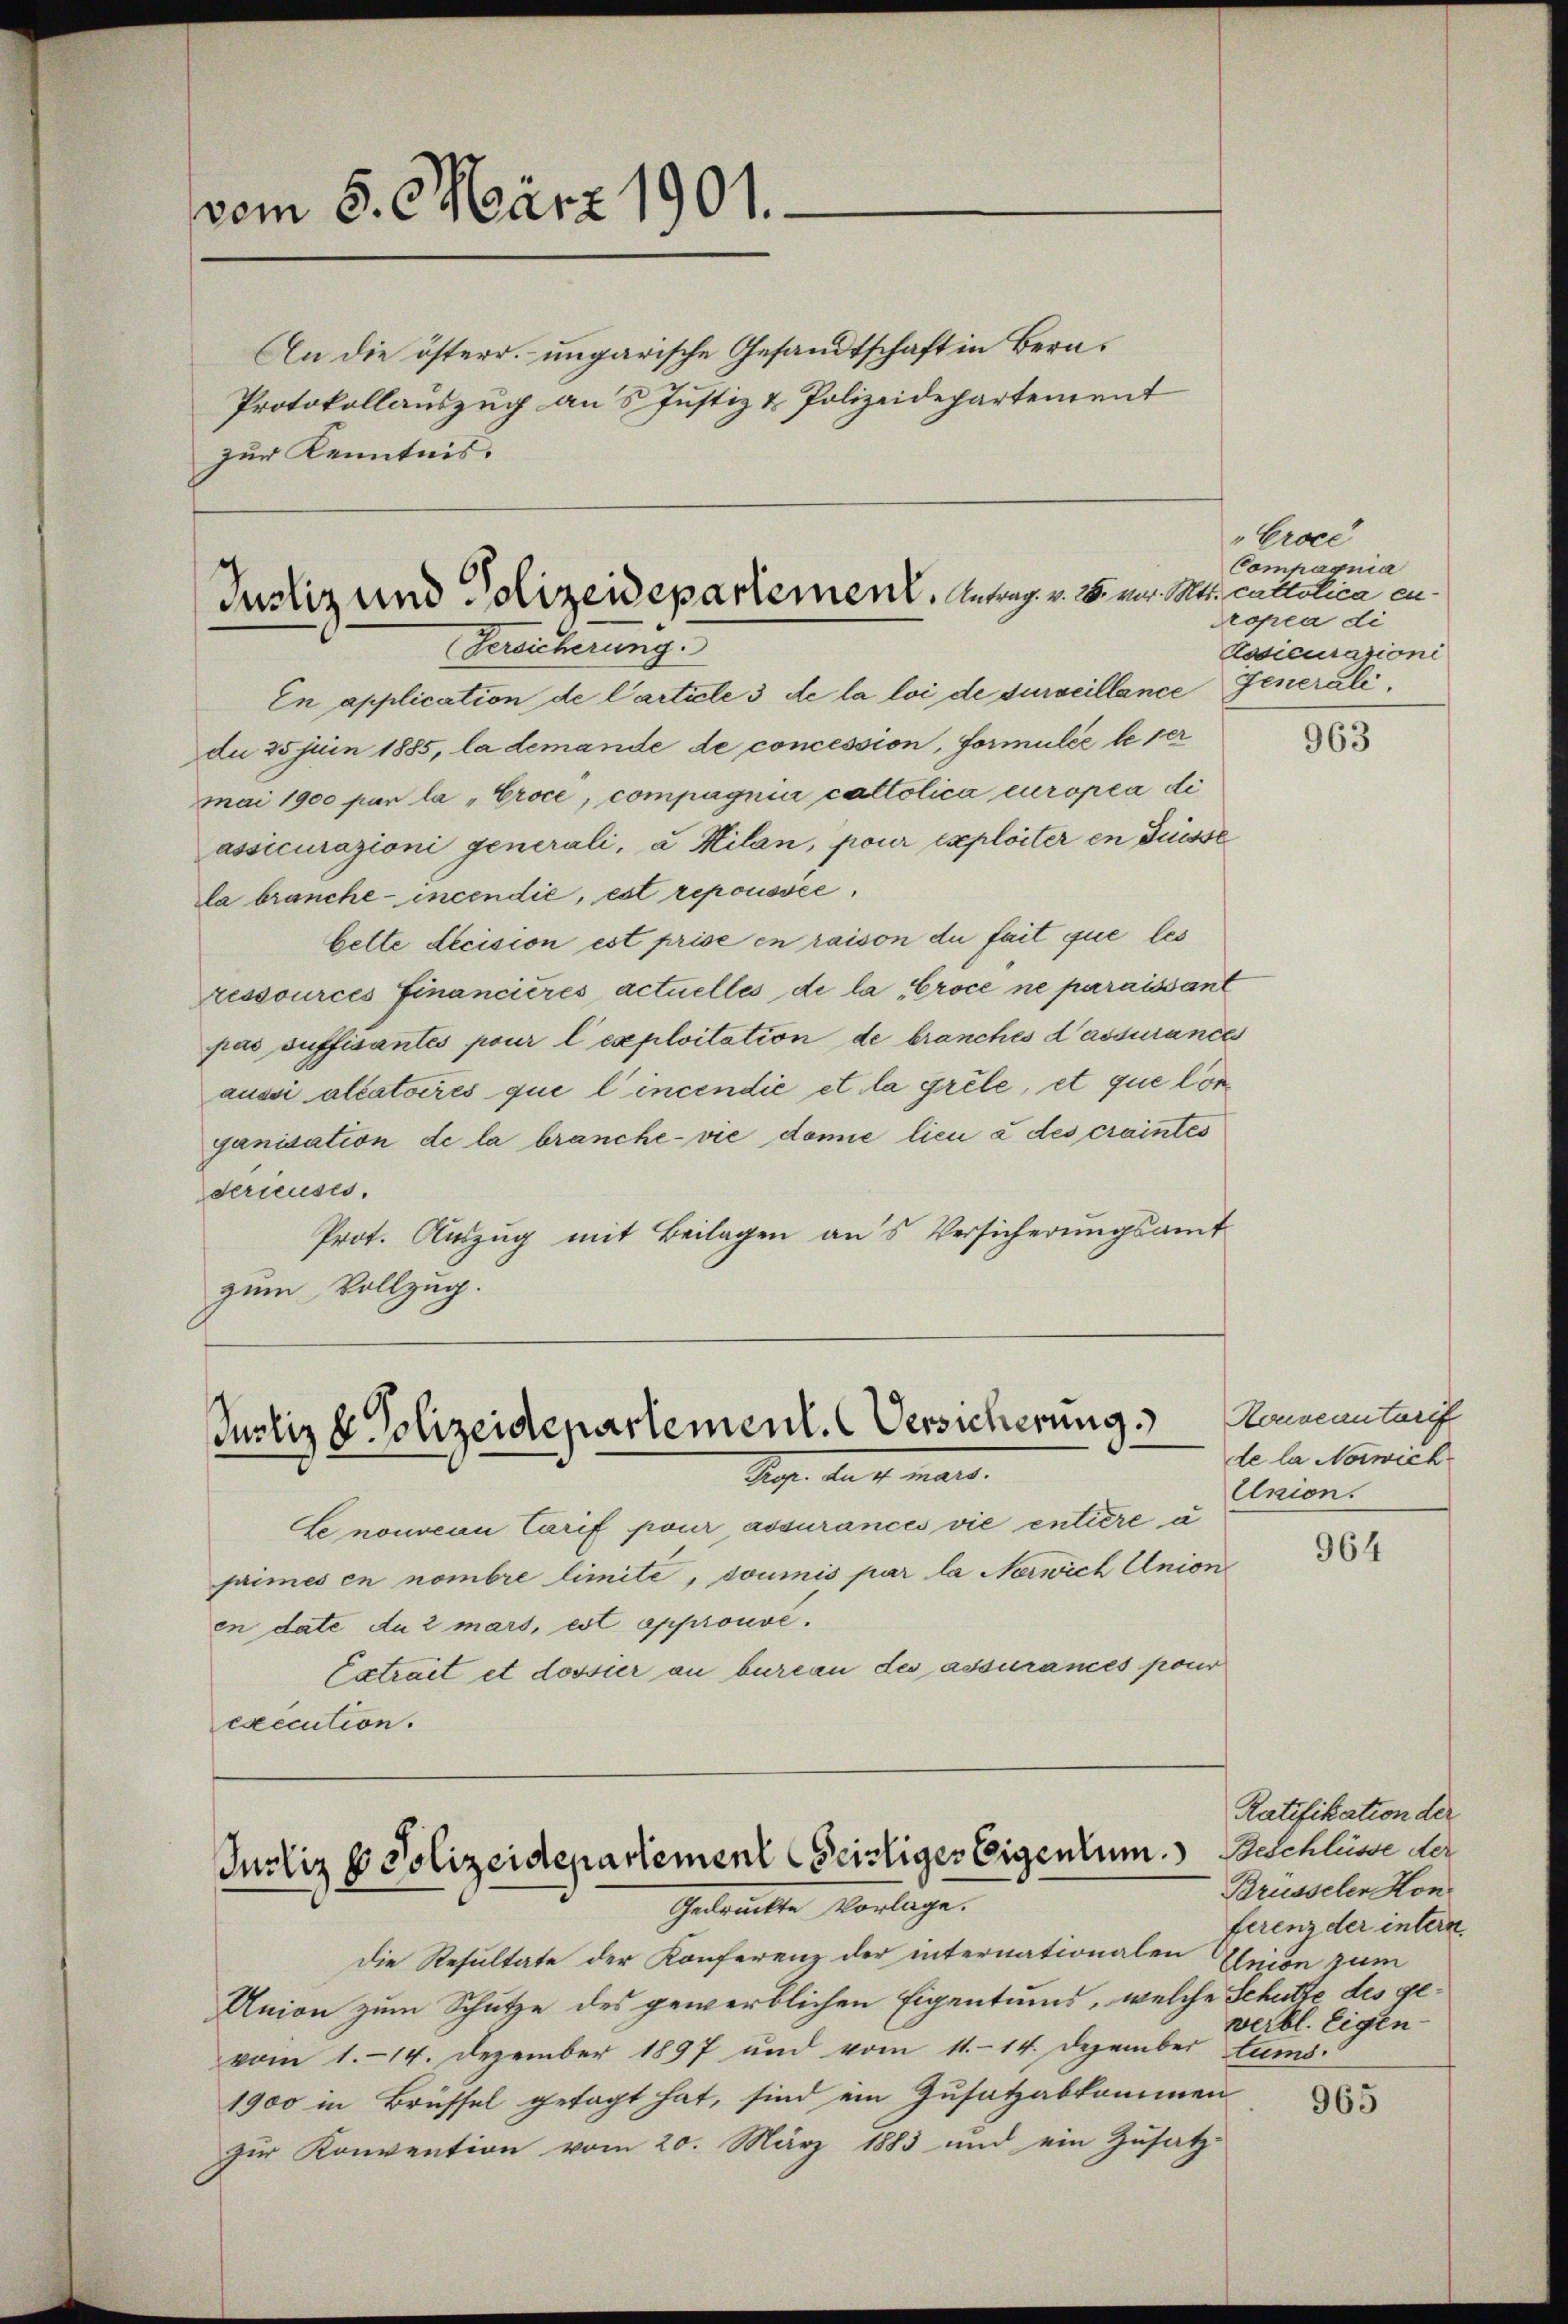
vom 5. März 1901.
An die österr. ungarische Gesandtschaft in Bera¬
Protokollauszug an 5 Justiz & Polizeidepartement
zur Kenntnis.

Justiz und Polizeidepartement. Antrag v. M. v. M.
Versicherung.

Jurliz & Polizeidepartement. Versicherung
Sache der 4. Mart.

En application de Carticle 3 de la loi de surveillance Generalidu 35 juin 1885, la demande de concession, formulie le per
mai 1900 par la "Eroce, compagnic caltolica europea di
assicurazioni generali, a Hilan, pour exploiter in Füsse
la brauche - incendie, est repoussée,
Cette decision est prise en raison du fait que les
ressources Financieres actuelles de la Croce ne paraissant
pas suffisantes pour l exploitation de branches d’assurance
aussi allatoires que l’incendié et la grele, et que Conganisation de la branche- vie demie lieu à des craintes
derieuses.
Prot. Auszug mit Beilagen aus Versicherungsamt
zum Vollzug.

enoncon Carif pour assurances vie entiere a
primes en nombre limite, soumis par la Nerwich Union
en date du 2 mars, est approuvé.
Extrait et dossier an bureau des assurances pour
execution.

Justiz & Polizeidepartement seitiges Eigentum. Geschleine der
Gedrückte Vorlage.

die Resultate der Konferenz der internationalen Ehnion zum
Union zum Schutze des gewerblichen Eigentums, welche Schutze des gevom 1. 14. Dezember 1897 und vom 11. 14. Dezember tums.
1900 in Brüssel getagt hat, sind ein Zusatzabkommen
zur Konvention vom 20. März 1883 und ein Zusatz-

Croce
Compagnia
t. catholica en
ropea di
Rasicurazioni

Houveauturif
de la Norwich
Union.

963

964

Ratifikation der
Brüsseler Hon
ferenz der intern.
verbl. Eigen

965